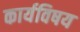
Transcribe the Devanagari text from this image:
कार्यविषय